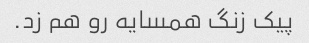
پیک زنگ همسایه رو هم زد.